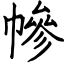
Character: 幓